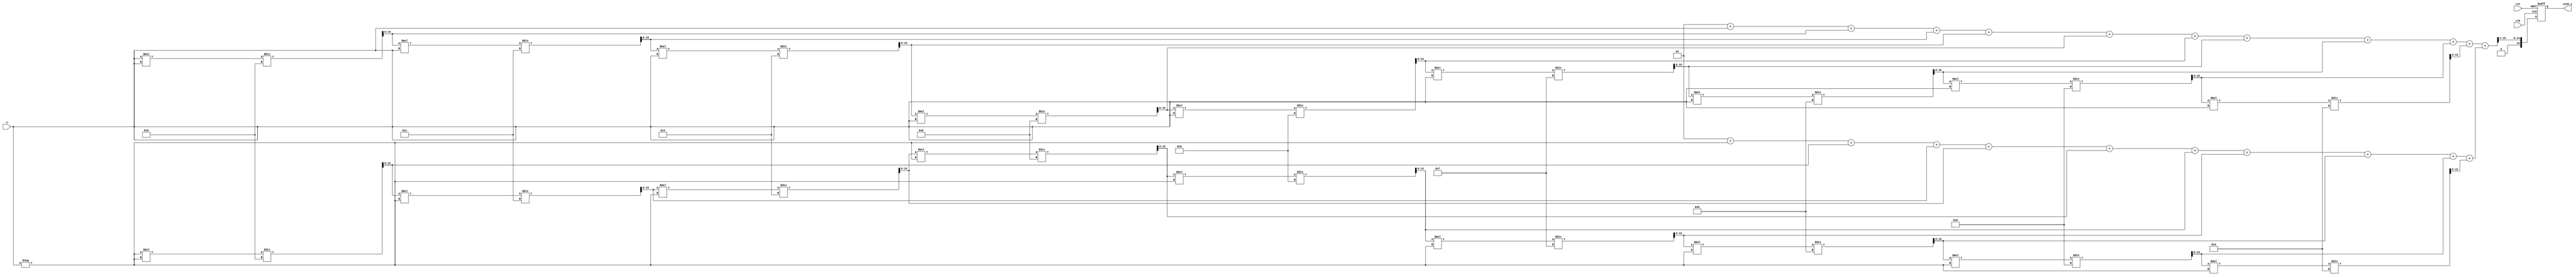
module hyperbolic_cosh (
    input wire signed [15:0] x,         // Input value (fixed-point representation)
    output reg signed [15:0] cosh_x,    // Output value (fixed-point representation)
    input wire clk,
    input wire rst
);

    // Internal signals
    wire signed [15:0] exp_x;           // e^x
    wire signed [15:0] exp_neg_x;       // e^(-x)
    wire signed [15:0] sum_exp;          // e^x + e^(-x)

    // Exponential function approximation using Taylor series
    function signed [15:0] exp_approx;
        input signed [15:0] val;
        reg signed [15:0] term;
        reg signed [15:0] result;
        integer i;
        begin
            result = 16'h0001; // e^0 = 1
            term = val; // Start with x
            for (i = 1; i <= 10; i = i + 1) begin // 10 terms for approximation
                result = result + term;
                term = (term * val) / (i + 1); // term = term * x^i / i!
            end
            exp_approx = result;
        end
    endfunction

    // Compute e^x and e^(-x)
    assign exp_x = exp_approx(x);
    assign exp_neg_x = exp_approx(-x);

    // Compute e^x + e^(-x)
    assign sum_exp = exp_x + exp_neg_x;

    // Compute cosh(x) = (e^x + e^(-x)) / 2
    always @(posedge clk or posedge rst) begin
        if (rst) begin
            cosh_x <= 16'h0000; // Reset output
        end else begin
            cosh_x <= sum_exp >> 1; // Divide by 2 using right shift
        end
    end

endmodule